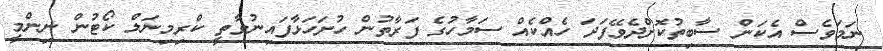
ނަމަވެސް އެކަން ސާބިތުކޮށްދެވޭފަދަ ހެއްކެއް ސަމާހުގެ ފަރާތުން ހުށަހަޅާފައިނުވާތީ ކްރިމިނަލް ކޯޓުން ނިންމީ